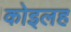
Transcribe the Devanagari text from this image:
कोइलह